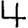
Digit: 4